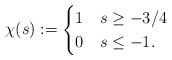
LaTeX: \begin{align*}\chi(s):=\begin{cases}1 & s\geq -3/4\\0 & s\leq -1.\end{cases}\end{align*}